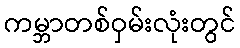
ကမ္ဘာတစ်ဝှမ်းလုံးတွင်